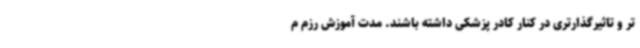
تر و تاثیرگذارتری در کنار کادر پزشکی داشته باشند. مدت آموزش رزم م